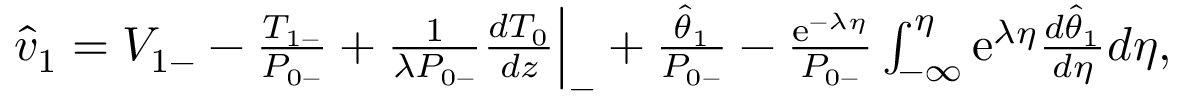
\begin{array} { r } { \hat { v } _ { 1 } = V _ { 1 - } - \frac { T _ { 1 - } } { P _ { 0 - } } + \frac { 1 } { \lambda P _ { 0 - } } \frac { d T _ { 0 } } { d z } \Big | _ { - } + \frac { \hat { \theta } _ { 1 } } { P _ { 0 - } } - \frac { \mathrm { e } ^ { - \lambda \eta } } { P _ { 0 - } } \int _ { - \infty } ^ { \eta } \mathrm { e } ^ { \lambda \eta } \frac { d \hat { \theta } _ { 1 } } { d \eta } d \eta , } \end{array}